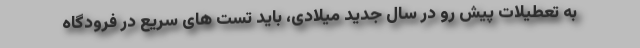
به تعطیلات پیش رو در سال جدید میلادی، باید تست های سریع در فرودگاه